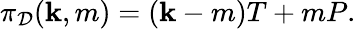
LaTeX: \pi_{\mathcal{D}}(\mathbf{k},m)=(\mathbf{k}-m)T+mP.